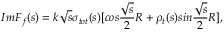
I m F _ { f } ( s ) = k \sqrt { s } \sigma _ { t o t } ( s ) [ c o s \frac { \sqrt { s } } { 2 } R + \rho _ { t } ( s ) s i n \frac { \sqrt { s } } { 2 } R ] ,